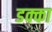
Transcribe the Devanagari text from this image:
डक्का